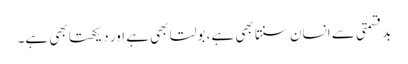
بدقسمتی سے انسان سنتا بھی ہے، بولتا بھی ہے اور دیکھتا بھی ہے۔